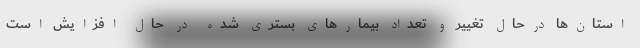
استان‌ها درحال تغییر و تعداد بیمارهای بستری‌ شده در حال افزایش است